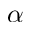
\alpha